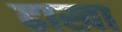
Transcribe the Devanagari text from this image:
ढाखा